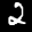
Label: 2